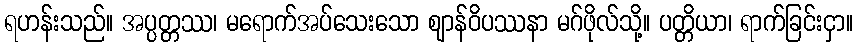
ရဟန်းသည်။ အပ္ပတ္တဿ၊ မရောက်အပ်သေးသော ဈာန်ဝိပဿနာ မဂ်ဖိုလ်သို့။ ပတ္တိယာ၊ ရာက်ခြင်းငှာ။